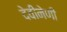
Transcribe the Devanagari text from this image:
देवीनेणी